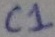
Text: C1